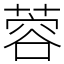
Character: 蓉